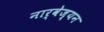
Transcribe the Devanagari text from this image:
नार्वेज्यन